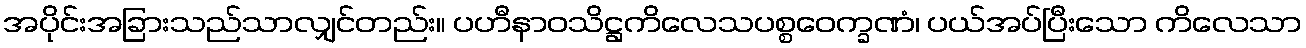
အပိုင်းအခြားသည်သာလျှင်တည်း။ ပဟီနာဝသိဋ္ဌကိလေသပစ္စဝေက္ခဏံ၊ ပယ်အပ်ပြီးသော ကိလေသာ